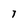
Character: 7